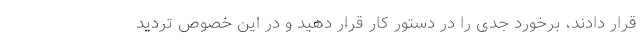
قرار دادند، برخورد جدی را در دستور کار قرار دهید و در این خصوص تردید